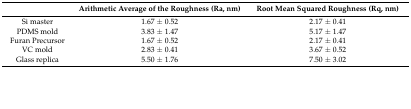
<table><thead><tr><td></td><td><b>Arithmetic Average of the Roughness (Ra, nm)</b></td><td><b>Root Mean Squared Roughness (Rq, nm)</b></td></tr></thead><tbody><tr><td>Si master</td><td>1.67 ± 0.52</td><td>2.17 ± 0.41</td></tr><tr><td>PDMS mold</td><td>3.83 ± 1.47</td><td>5.17 ± 1.47</td></tr><tr><td>Furan Precursor</td><td>1.67 ± 0.52</td><td>2.17 ± 0.41</td></tr><tr><td>VC mold</td><td>2.83 ± 0.41</td><td>3.67 ± 0.52</td></tr><tr><td>Glass replica</td><td>5.50 ± 1.76</td><td>7.50 ± 3.02</td></tr></tbody></table>